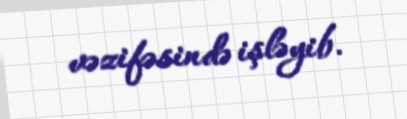
vəzifəsində işləyib.